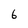
Character: 6